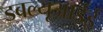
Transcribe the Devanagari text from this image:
डबल्यूआईई